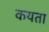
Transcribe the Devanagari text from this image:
कयता